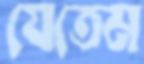
যেতেম